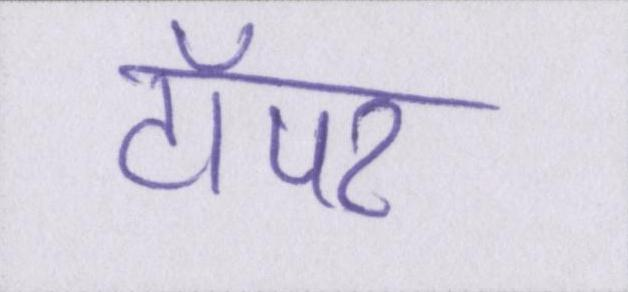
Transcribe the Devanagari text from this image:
टॉपर